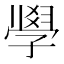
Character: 𭓘